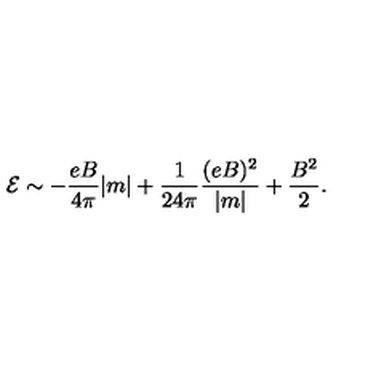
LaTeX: { \cal { E } } \sim - \frac { e B } { 4 \pi } | m | + \frac { 1 } { 2 4 \pi } \frac { ( e B ) ^ { 2 } } { | m | } + \frac { B ^ { 2 } } { 2 } .